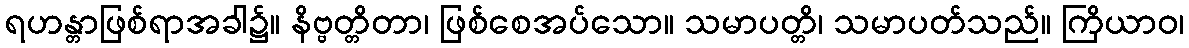
ရဟန္တာဖြစ်ရာအခါ၌။ နိဗ္ဗတ္တိတာ၊ ဖြစ်စေအပ်သော။ သမာပတ္တိ၊ သမာပတ်သည်။ ကြိယာဝ၊